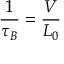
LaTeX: { \frac { 1 } { \tau _ { B } } } = { \frac { V } { L _ { 0 } } }